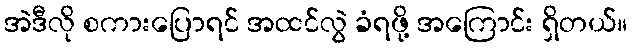
အဲဒီလို စကားပြောရင် အထင်လွဲ ခံရဖို့ အကြောင်း ရှိတယ်။